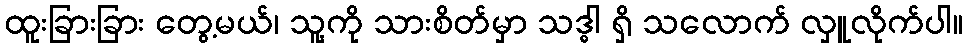
ထူးခြားခြား တွေ့မယ်၊ သူ့ကို သားစိတ်မှာ သဒ္ဓါ ရှိ သလောက် လှူလိုက်ပါ။